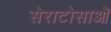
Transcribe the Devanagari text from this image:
सेराटोसाओं